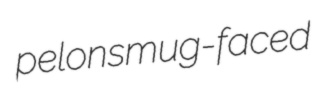
pelon smug-faced